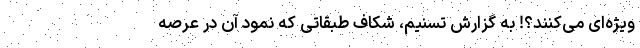
ویژه‌ای می‌کنند؟! به گزارش تسنیم، شکاف طبقاتی که نمود آن در عرصه